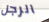
الرجل